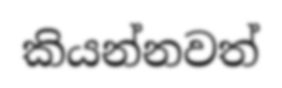
කියන්නවත්